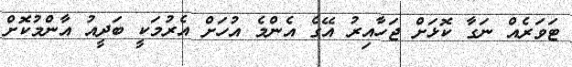
ޓަވަރެއް ނަގާ ކޮޮޅަށް ޖަހާއިރު އޭގެ އެންމެ އުހަށް އެރުމަކީ ބަދީއު އާންމުކޮށް